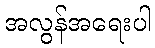
အလွန်အရေးပါ